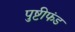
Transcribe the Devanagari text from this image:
पुष्टीफंड